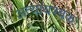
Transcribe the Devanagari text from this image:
अत्यायश्यक